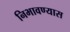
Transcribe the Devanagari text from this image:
निभावण्यास